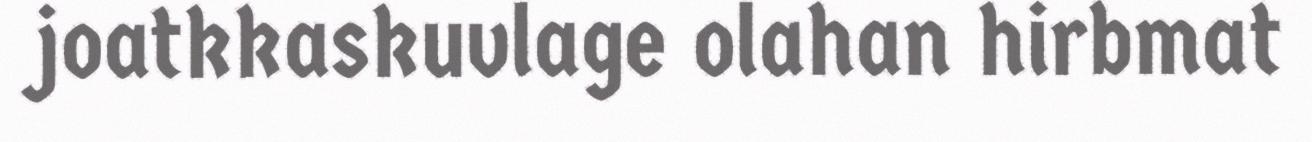
joatkkaskuvlage olahan hirbmat